Vaccination in Burma 1912-1922 - 1912-1922
Year: 1912
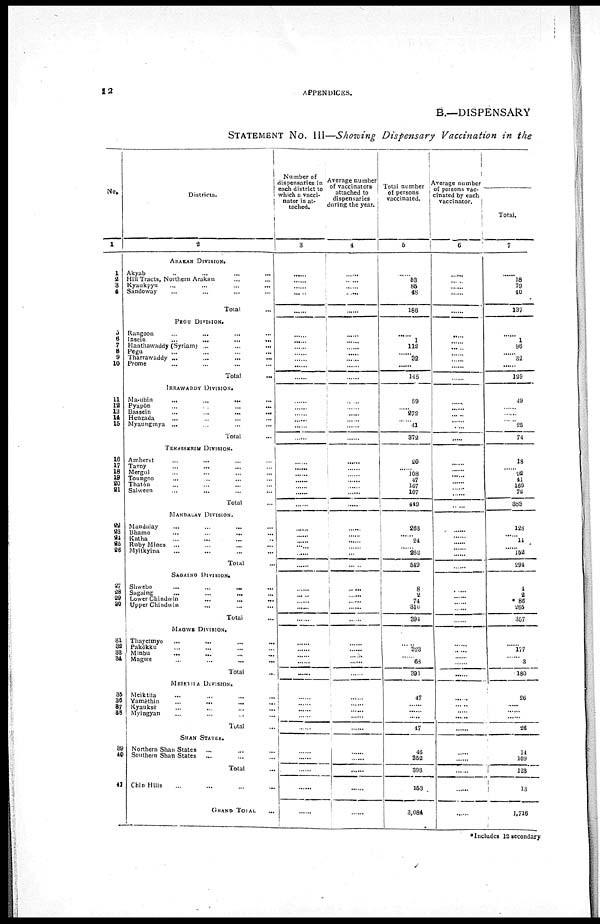
12
APPENDICES.
B.—DISPENSARY
STATEMENT No. III—Showing Dispensary Vaccination in the
No.
1
1
2 3
4
5
6
7
8
9
10
11
12
13
14
15
16
17
18
19
20
21
22
23
24
25
26
27
28
29
30
31
32
33
34
35
36
37 38
39
40
41
Districts.
2
ARAKAN DIVISION.
Akyab... ... ...
Hill Tracts, Northern Arakan... ...
Kyaukpyu... ... ...
Sandoway... ... ...
Total... ...
PEGU DIVISION.
Rangoon... ... ... ... ...
Insein
...
...
...
...
Hanthawaddy
(Syriam)...
...
...
Pegu... ... ...
Tharrawaddy ... ... ...
Prome... ... ...
Total... ... ...
IRRAWADDY DIVISION.
Ma-ubin...
...
...
...
Pyapôn... ... ... ...
Bassein...
...
...
...
Henzada... ... ...
Myaungmya... ... ...
Total... ... ...
TENASSERIN DIVISION.
Amherst
...
...
...
Tavoy... ... ...
Mergui... ... ...
Toungoo... ... ...
Thatôn... ... ...
Salween... ... ...
Total... ...
MANDALAY DIVISION.
Mandalay... ... ...
Bhamo... ... ...
Katha... ... ...
Ruby Mines... ... ...
Myitkyina... ... ...
Total......
SAGAING DIVISION.
Shwebo...
...
...
Sagaing... ...
Lower Chindwin... ...
Upper Chindwin... ...
Total......
MAGWE DIVISION.
Thayetmyo... ... ...
Pakôkku... ... ...
Minbu
...
...
...
Magwe... ... ...
Total... ...
MEIKTILA DIVISION.
Meiktila... ... ...
Yamèthin... ... ...
Kyauksè... ... ...
Myingyan... ... ...
Total...
SHAN STATES.
Northern Shan States ...
Southern Shan States ...
Total...
Chin Hills... ...
GRAND TOTAL
Number of
dispensaries in
each district to
which a vacci-
nator is at-
tached.
3
......
......
...... ......
......
......
......
......
......
......
......
......
......
......
......
......
......
......
......
...
......
......
......
......
......
......
......
...... ......
......
......
......
...... ......
......
......
......
......
......
......
......
......
......
......
......
......
......
......
......
......
......
Average number
of vaccinators
attached to
dispensaries
during the year.
4
......
......
......
......
......
......
......
......
......
......
......
......
......
......
......
......
......
......
......
......
......
......
......
......
......
......
......
......
......
......
......
......
...... ......
......
......
......
......
......
......
......
......
......
......
......
......
......
......
......
......
......
Total number
of persons
vaccinated.
5
......
53
85
48
186
......
1
112
......
32
......
145
59
...... 272
...... 41
372
20
...... 108
47
167
107
449
263
......
24
...... 262
549
8
2
74
310
394
......
323
......
68
391
47
......
......
......
47
46
352
398
153
3,084
Average number
of persons vac-
cinated by each
vaccinator.
6
......
......
......
......
......
......
......
......
......
......
......
......
......
......
......
......
......
......
......
......
......
......
......
......
......
......
......
......
......
......
......
......
...... ...... ......
......
......
......
......
......
......
......
......
...... ......
......
......
......
......
......
......
Total.
7
......
18
79
40
137
......
1
96
......
32
......
129
49
......
......
25 ......
74
18
......
92
41
160
72
383
128
......
14
......
152
294
4
2
*86
265
357
......
177
......
3
180
26
......
......
......
26
14
109
128
13
1,716
* Includes 12 secondary